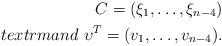
LaTeX: \begin{align*}C=(\xi_1,\ldots,\xi_{n-4})\\textrm{ and }\ \upsilon^{T}=(v_1,\ldots,v_{n-4}).\end{align*}